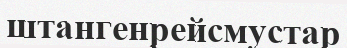
штангенрейсмустар